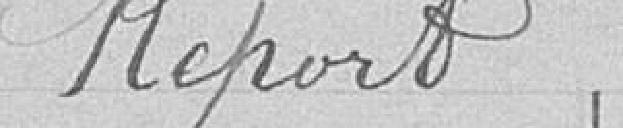
Report